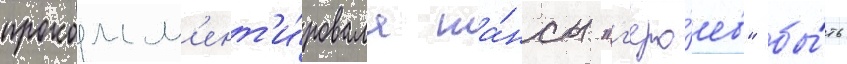
прокомм'ент'и́ровала ша́нсы "г'еро́ев" бы́ть